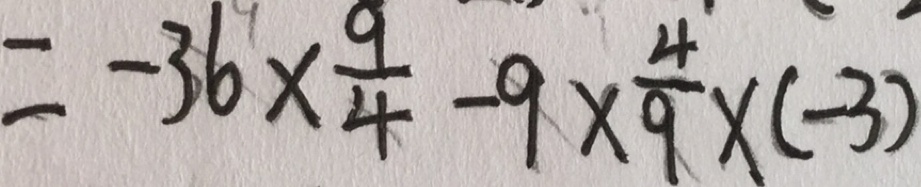
= - 3 6 \times \frac { 9 } { 4 } - 9 \times \frac { 4 } { 9 } \times ( - 3 )